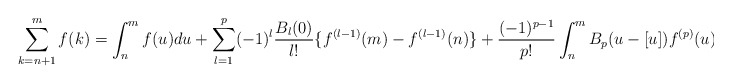
\begin{align*}\sum_{k=n+1}^{m}f(k)=\int_n^m f(u) du +\sum_{l=1}^{p} (-1)^l \frac{B_l(0)}{l!}\{f^{(l-1)}(m)-f^{(l-1)}(n)\} + \frac{(-1)^{p-1}}{p!} \int_n^m B_p(u-[u]) f^{(p)}(u) du,\end{align*}